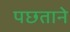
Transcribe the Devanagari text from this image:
पछताने